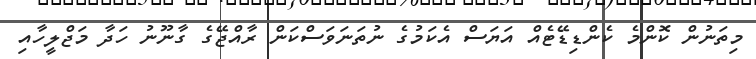
މިތަނުން ކޮންމެ ކެންޑިޑޭޓެއް އަޔަސް އެކަމުގެ ނުތަނަވަސްކަން ރާއްޖޭގެ ގާނޫނު ހަދާ މަޖްލީހާއި